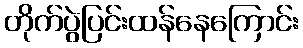
တိုက်ပွဲပြင်းထန်နေကြောင်း